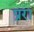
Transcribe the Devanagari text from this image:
प्ररा